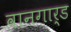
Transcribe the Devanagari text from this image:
वानगार्ड